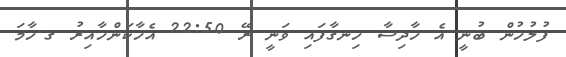
ފުލުހުން ބުނީ އެ ހާދިސާ ހިނގާފައި ވަނީ ރޭ 22:50 އެހާކަންހާއިރު ގ.ހާމަ